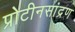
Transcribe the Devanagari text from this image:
प्रोटीनसांद्रण